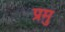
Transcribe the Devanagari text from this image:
प्रमु